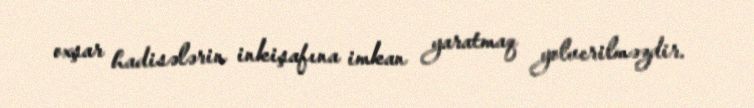
oxşar hadisələrin inkişafına imkan yaratmaq yolverilməzdir.